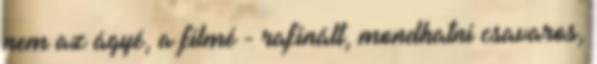
nem az ágyé, a filmé - rafinált, mondhatni csavaros,